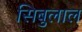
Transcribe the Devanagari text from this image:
सिबुलाल